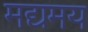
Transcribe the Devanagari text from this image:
मद्यमय